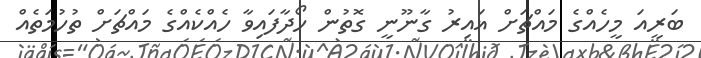
ބަަރީއަ މީހެއްގެ މައްޗަށް ޣައިރު ގާނޫނީ ގޮތުން ހޯދާފައިވާ ހެއްކެއްގެ މައްޗަށް ތުހުމަތެއް